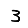
Digit: 3